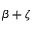
\beta + \zeta